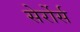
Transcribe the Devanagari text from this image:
सेर्रोर्स